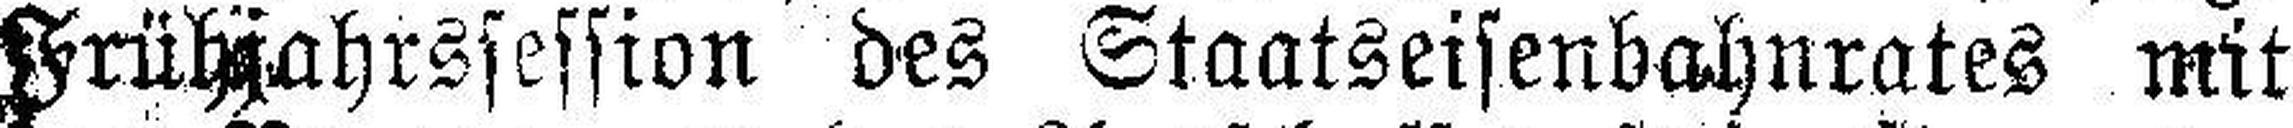
Frühjahrssession des Staatseisenbahnrates mit